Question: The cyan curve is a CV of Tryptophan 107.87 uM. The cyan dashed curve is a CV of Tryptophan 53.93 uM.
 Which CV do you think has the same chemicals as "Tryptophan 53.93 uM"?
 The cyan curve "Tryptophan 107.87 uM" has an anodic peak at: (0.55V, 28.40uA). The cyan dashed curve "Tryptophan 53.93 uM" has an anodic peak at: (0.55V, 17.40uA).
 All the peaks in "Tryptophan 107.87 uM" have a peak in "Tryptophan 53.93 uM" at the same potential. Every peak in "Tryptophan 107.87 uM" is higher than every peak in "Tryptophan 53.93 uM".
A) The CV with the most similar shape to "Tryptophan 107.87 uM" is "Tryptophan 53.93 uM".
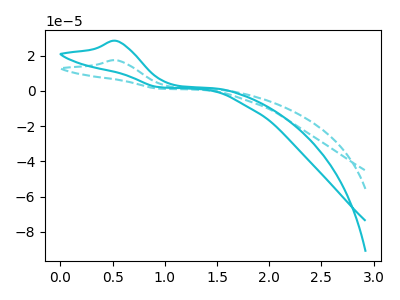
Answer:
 <answer>A) The CV with the most similar shape to "Tryptophan 107.87 uM" is "Tryptophan 53.93 uM".</answer>
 <eval>A</eval>